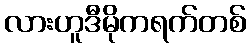
လားဟူဒီမိုကရက်တစ်